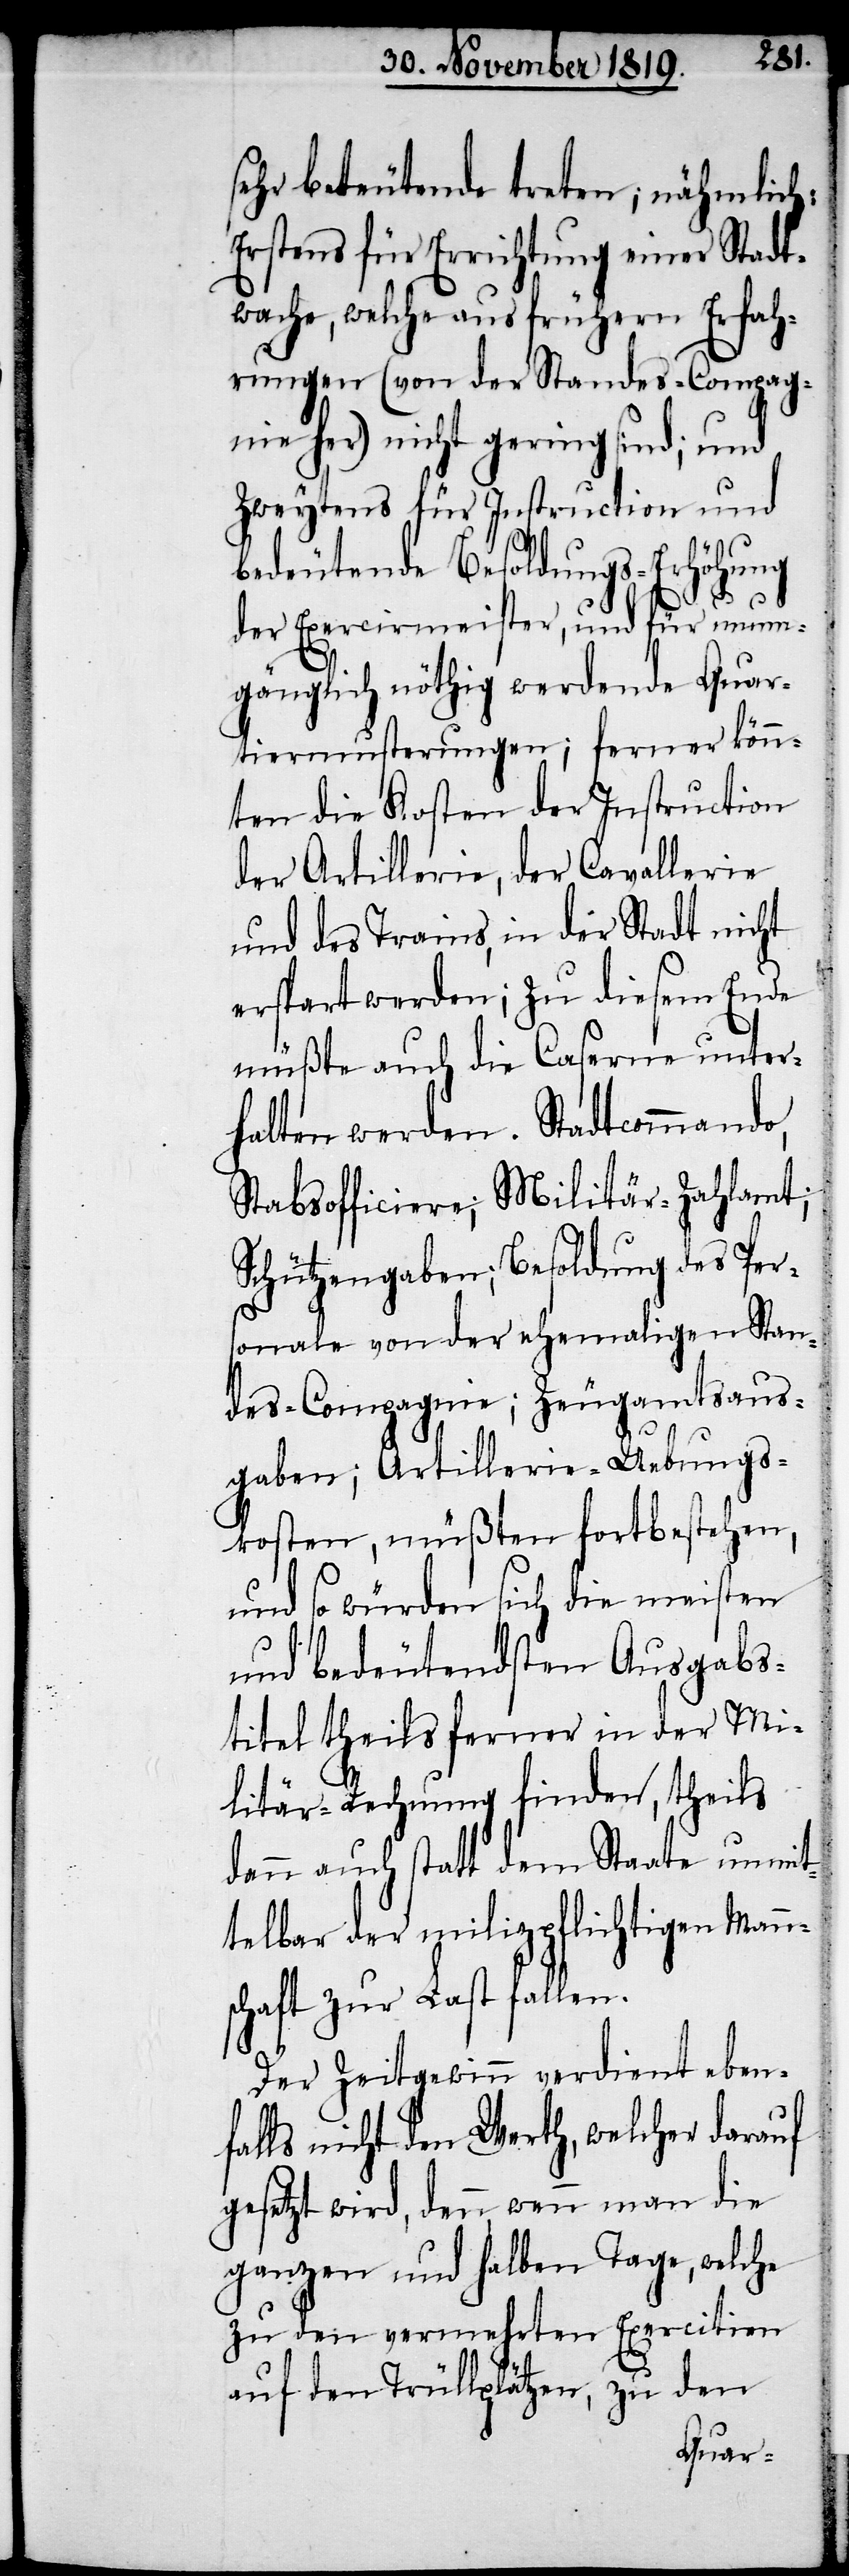
sehr bedeutende treten; nähmlich:
Erstens für Errichtung einer Stadt¬
wache, welche aus frühern Erfah¬
rungen (von der Standes-Compag¬
nie her) nicht gering sind; und
Zweytens für Instruction und
bedeutende Besoldungs-Erhöhung
der Exercirmeister, und für unum¬
gänglich nöthig werdende Quar¬
tiermusterungen; ferner könn¬
ten die Kosten der Instruction
der Artillerie, der Cavallerie
und des Trains, in der Stadt nicht
erspart werden; zu diesem Ende
müßte auch die Caserne unter¬
halten werden. Stadtcommando,
Stabsofficiere; Militär-Zahlamt;
Schützengaben; Besoldung des Per¬
sonale von der ehemaligen Stan¬
des-Compagnie; Zeugamtsaus¬
gaben; Artillerie-Uebungs¬
kosten, müßten fortbestehen,
und so würden sich die meisten
und bedeutendsten Ausgabes¬
titel theils ferner in der Mi¬
litär-Rechnung finden, theils
dann auch statt dem Staate unmit¬
telbar der milizpflichtigen Mann¬
schaft zur Last fallen.
Der Zeitgewinn verdient eben¬
falls nicht den Werth, welcher darauf
gesetzt wird, denn, wenn man die
ganzen und halben Tage, welche
zu den vermehrten Exercitien
auf den Trüllplätzen, zu den